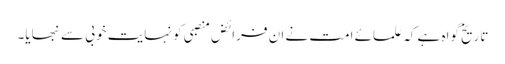
تاریخ گواہ ہے کہ علمائے امت نے ان فرائض منصبی کو نہایت خوبی سے نبھایا۔